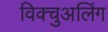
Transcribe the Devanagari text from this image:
विक्चुअलिंग